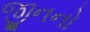
જીનનો